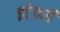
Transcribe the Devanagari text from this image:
इटेवरीं